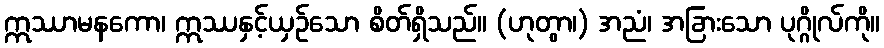
ဣဿာမနကော၊ ဣဿနှင့်ယှဉ်သော စိတ်ရှိသည်။ (ဟုတွာ၊) အညံ၊ အခြားသော ပုဂ္ဂိုလ်ကို။